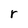
Character: r